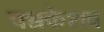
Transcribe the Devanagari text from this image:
चन्नकेशव